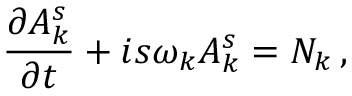
{ \frac { \partial A _ { k } ^ { s } } { \partial t } } + i s \omega _ { k } A _ { k } ^ { s } = { \cal N } _ { k } \, ,